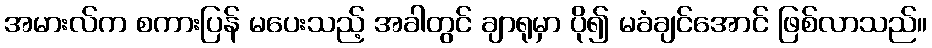
အမားလ်က စကားပြန် မပေးသည့် အခါတွင် ချာရုမှာ ပို၍ မခံချင်အောင် ဖြစ်လာသည်။